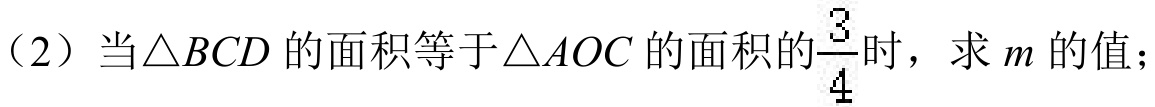
（2）当\(\triangle BCD\)的面积等于\(\triangle AOC\)的面积的\(\frac{3}{4}\)时，求\(m\)的值；